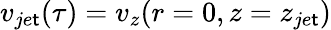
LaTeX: v_{je\mathsf{t}}(\tau)=v_{z}(r=0,z=z_{je\mathsf{t}})